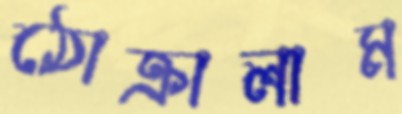
ঠোক্‌রালাম